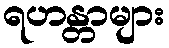
ရဟန္တာများ